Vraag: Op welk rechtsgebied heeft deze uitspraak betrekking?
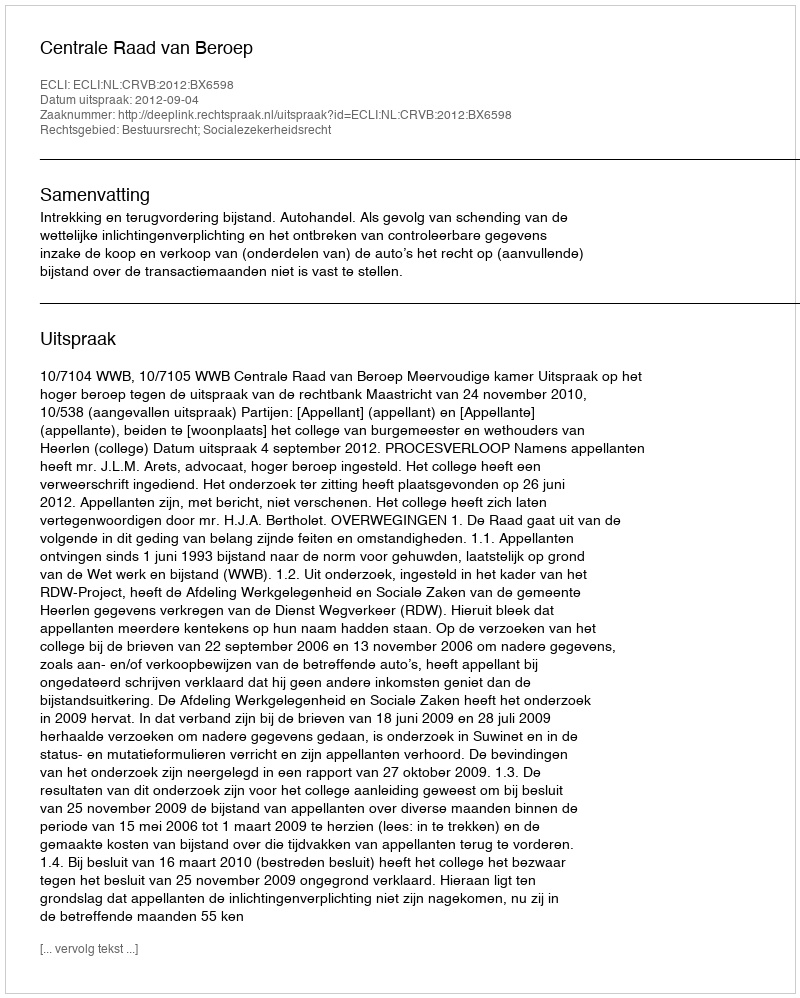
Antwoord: Bestuursrecht; Socialezekerheidsrecht